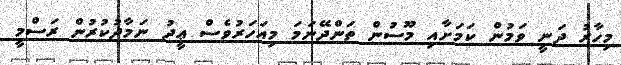
މިހާރު ދަނީ ވަމުން ކަމަށާއި މޫސުން ތަންދޭނަމަ މިއަހަރުވެސް ޢީދު ނަމާދުކުރުން ރަސްމީ